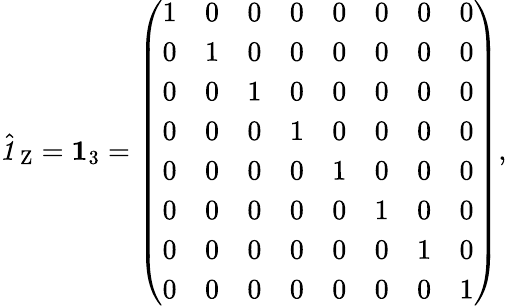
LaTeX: \hat{\textbf{\textit{1}}\, }_{\mathrm Z}=\mathbf{1}_{3}=\left(\begin{array}{llllllll}{1}&{0}&{0}&{0}&{0}&{0}&{0}&{0}\\ {0}&{1}&{0}&{0}&{0}&{0}&{0}&{0}\\ {0}&{0}&{1}&{0}&{0}&{0}&{0}&{0}\\ {0}&{0}&{0}&{1}&{0}&{0}&{0}&{0}\\ {0}&{0}&{0}&{0}&{1}&{0}&{0}&{0}\\ {0}&{0}&{0}&{0}&{0}&{1}&{0}&{0}\\ {0}&{0}&{0}&{0}&{0}&{0}&{1}&{0}\\ {0}&{0}&{0}&{0}&{0}&{0}&{0}&{1}\end{array}\right),